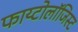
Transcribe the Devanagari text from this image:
फाय्टोलॉजिस्ट